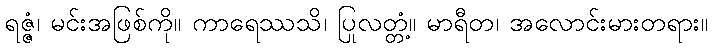
ရဇ္ဇံ၊ မင်းအဖြစ်ကို။ ကာရေဿသိ၊ ပြုလတ္တံ့။ မာရီတ၊ အလောင်းမားတရား။